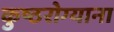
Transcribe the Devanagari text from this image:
कुष्ठरोग्याना